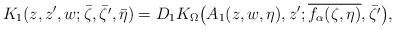
LaTeX: \begin{align*}K_{1}(z,z^{\prime},w;\bar{\zeta},\bar{\zeta^{\prime}},\bar{\eta})=D_1K_{\Omega}\big(A_1(z,w,\eta),z^{\prime};\overline {f_{\alpha}(\zeta,\eta)},\bar{\zeta^{\prime}}\big),\end{align*}